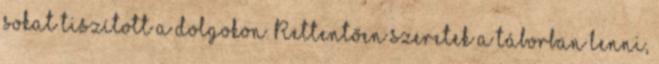
sokat tiszított a dolgokon. Rettentően szeretek a táborban lenni,